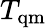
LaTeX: T_{\mathrm{{qm}}}